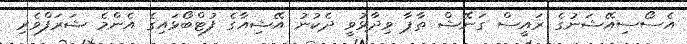
އެސޯސިއޭޝަނުގެ ރައީސް ގަނޭޝް ތާޕާ ވިދާޅުވީ ދެކުނު އޭޝިއާގެ ފުޓްބޯޅައިގެ އެންމެ ޝަރަފްވެރި